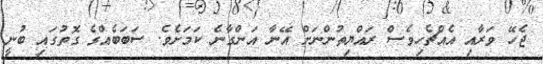
ޖެހޭ ވަރާއި އެއްޗެހިވެސް ރައްޔިތުންނަށް އޭނާ އަންގާނެ ކަމަށެވެ. ސަބަބެއްގެ ގޮތުގައި ބުނީ